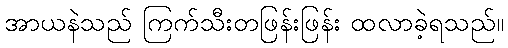
အာယနဲသည် ကြက်သီးတဖြန်းဖြန်း ထလာခဲ့ရသည်။